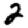
Digit: 2